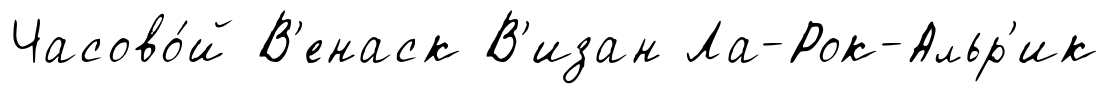
Часово́й В'енаск В'изан Ла-Рок-Альр'ик